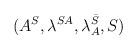
LaTeX: \begin{align*} (A^S, \lambda^{SA}, \lambda^{\bar S}_A, S)\end{align*}